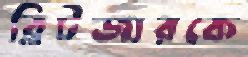
ব্লিটজারকে